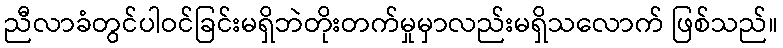
ညီလာခံတွင်ပါဝင်ခြင်းမရှိဘဲတိုးတက်မှုမှာလည်းမရှိသလောက် ဖြစ်သည်။